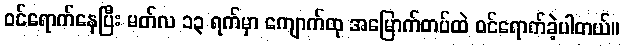
ဝင်ရောက်နေပြီး မတ်လ ၁၃ ရက်မှာ ကျောက်ထု အမြောက်တပ်ထဲ ဝင်ရောက်ခဲ့ပါတယ်။